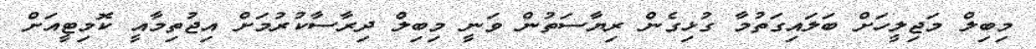
މިބިލް މަޖިލީހަށް ބަލައިގަތުމާ ގުޅިގެން ރިޔާސަތުން ވަނީ މިބިލް ދިރާސާކުރުމަށް އިޖުތިމާއީ ކޮމިޓީއަށް